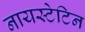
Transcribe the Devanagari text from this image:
नायस्टेटिन